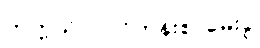
တက္ကသိုလ်ဝင်တန်းစာမေးပွဲ